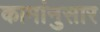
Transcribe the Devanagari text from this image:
कामांनुसार